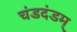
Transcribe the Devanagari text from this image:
चंडदंडम्